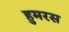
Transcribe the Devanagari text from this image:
हुमरस